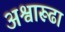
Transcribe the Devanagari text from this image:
अश्वारूढा